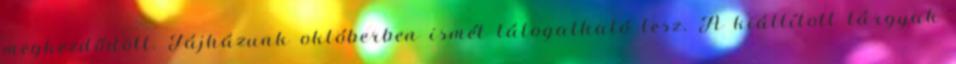
megkezdődött. Tájházunk októberben ismét látogatható lesz. A kiállított tárgyak